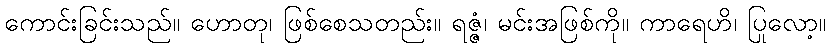
ကောင်းခြင်းသည်။ ဟောတု၊ ဖြစ်စေသတည်း။ ရဇ္ဇံ၊ မင်းအဖြစ်ကို။ ကာရေဟိ၊ ပြုလော့။